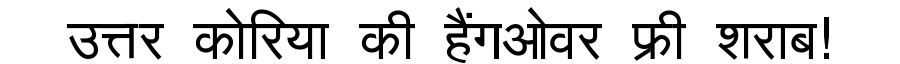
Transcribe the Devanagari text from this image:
उत्तर कोरिया की हैंगओवर फ्री शराब!